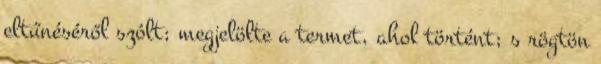
eltűnéséről szólt; megjelölte a termet, ahol történt; s rögtön